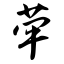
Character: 荦